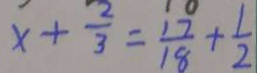
x + \frac { 2 } { 3 } = \frac { 1 7 } { 1 8 } + \frac { 1 } { 2 }